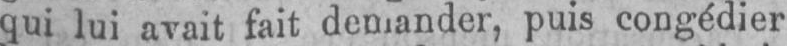
puis congédier